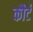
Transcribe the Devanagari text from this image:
कौर्ट